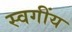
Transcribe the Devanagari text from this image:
स्वगींय